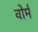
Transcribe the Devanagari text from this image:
वोर्म